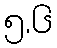
၅.၆